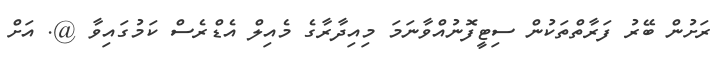
ރަށުން ބޭރު ފަރާތްތަކުން ސިޓީފޮނުއްވާނަމަ މިއިދާރާގެ މެއިލް އެޑްރެސް ކަމުގައިވާ @. އަށް